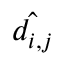
\hat { d _ { i , j } }